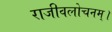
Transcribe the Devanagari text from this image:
राजीवलोचनम्‌।